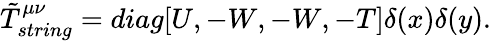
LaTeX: \tilde{T}_{string}^{\mu\nu}=diag[U,-W,-W,-T]\delta(x)\delta(y).